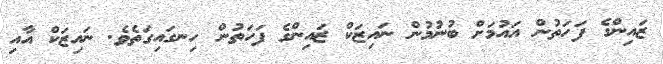
ޒައިންގެ ފަހަތުން އައުމަށް ބުނުމުން ނައިޒަކް ޒައިންގެ ފަހަތުން ހިނގައިގަތެވެ. ނައިޒަކް އާއި